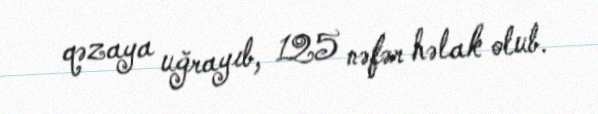
qəzaya uğrayıb, 125 nəfər həlak olub.